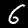
Digit: 6